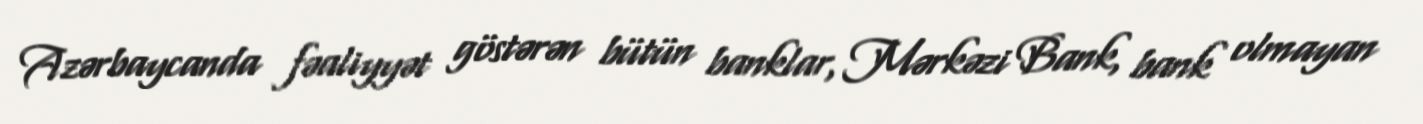
Azərbaycanda fəaliyyət göstərən bütün banklar, Mərkəzi Bank, bank olmayan